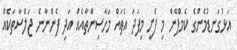
އަޅުގަނޑުމެންގެ ކެމްޕޭން މި ފެށީ މިފަދަ އެތައް މަހާސިންތާއެއް އަދި ފެންނާނެ ޖަލްސާތަކެއް